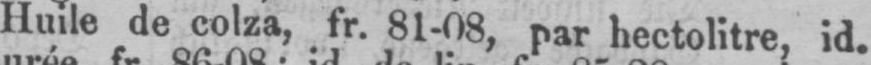
Huile de colza, fr. 81-08, par hectolitre, id.